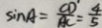
\sin A = \frac { C D } { A C } = \frac { 4 } { 5 }